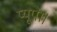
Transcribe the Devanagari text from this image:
प्यूपा।